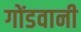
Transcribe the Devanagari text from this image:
गोंडवानी